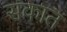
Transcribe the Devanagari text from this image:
सकात